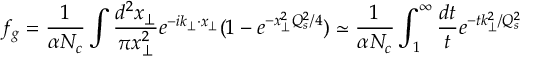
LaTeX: f _ { g } = { \frac { 1 } { \alpha N _ { c } } } \int { \frac { d ^ { 2 } x _ { \perp } } { \pi x _ { \perp } ^ { 2 } } } e ^ { - i k _ { \perp } \cdot x _ { \perp } } ( 1 - e ^ { - x _ { \perp } ^ { 2 } Q _ { s } ^ { 2 } / 4 } ) \simeq { \frac { 1 } { \alpha N _ { c } } } \int _ { 1 } ^ { \infty } { \frac { d t } { t } } e ^ { - t k _ { \perp } ^ { 2 } / Q _ { s } ^ { 2 } }